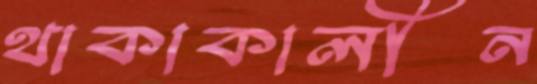
থাকাকালীন